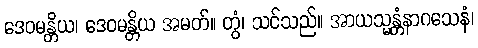
ဒေဝမန္တိယ၊ ဒေဝမန္တိယ အမတ်။ တွံ၊ သင်သည်။ အာယသ္မန္တံနာဂသေနံ၊